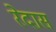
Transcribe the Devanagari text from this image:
रेदास